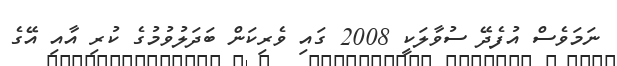
ނަމަވެސް އުފެދޭ ސުވާލަކީ 2008 ގައި ވެރިކަން ބަދަލުވުމުގެ ކުރި އާއި އޭގެ